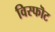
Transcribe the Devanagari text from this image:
विस्फॊट